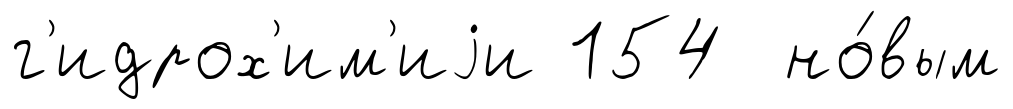
г'идрох'им'иjи 154 но́вым